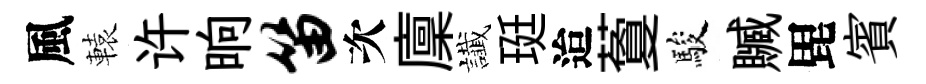
風轅许晌笛次廩䜟珽迨藑駿贓毘賓